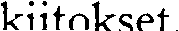
kiitokset.